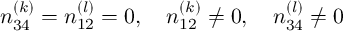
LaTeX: n _ { 3 4 } ^ { ( k ) } = n _ { 1 2 } ^ { ( l ) } = 0 , \quad n _ { 1 2 } ^ { ( k ) } \ne 0 , \quad n _ { 3 4 } ^ { ( l ) } \ne 0